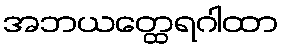
အဘယတ္ထေရဂါထာ